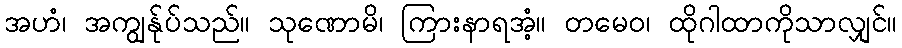
အဟံ၊ အကျွန်ုပ်သည်။ သုဏောမိ၊ ကြားနာရအံ့။ တမေဝ၊ ထိုဂါထာကိုသာလျှင်။